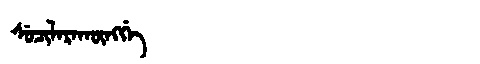
Manchu: ᠰᡠᠴᡳᠯᡝᡵᠠᡴᡡᠩᡤᡝ
Romanization: SUCILERAKŪNGGE